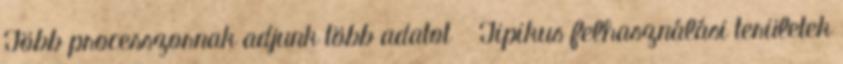
Több processzornak adjunk több adatot ● Tipikus felhasználási területek